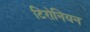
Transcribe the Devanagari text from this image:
टिरोनियन